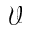
\mathcal { V }